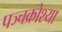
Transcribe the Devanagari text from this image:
पञ्चक्रोश्या